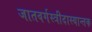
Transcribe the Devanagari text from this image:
जातवर्गस्त्रीदास्यान्तक